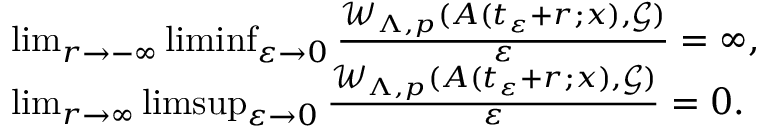
\begin{array} { r l } & { \operatorname* { l i m } _ { r \rightarrow - \infty } \operatorname* { l i m i n f } _ { \varepsilon \rightarrow 0 } \frac { \mathcal { W } _ { \Lambda , p } ( A ( t _ { \varepsilon } + r ; x ) , \mathcal { G } ) } { \varepsilon } = \infty , } \\ & { \operatorname* { l i m } _ { r \rightarrow \infty } \operatorname* { l i m s u p } _ { \varepsilon \rightarrow 0 } \frac { \mathcal { W } _ { \Lambda , p } ( A ( t _ { \varepsilon } + r ; x ) , \mathcal { G } ) } { \varepsilon } = 0 . } \end{array}